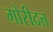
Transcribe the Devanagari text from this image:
गोरीदत्त